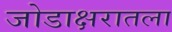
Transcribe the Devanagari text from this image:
जोडाक्षरातला